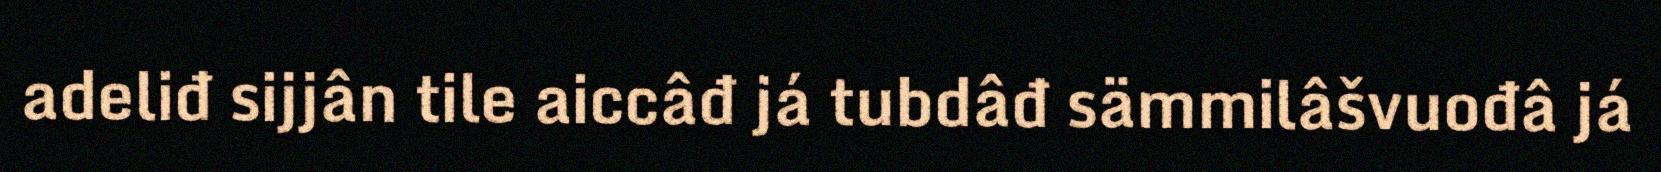
adeliđ sijjân tile aiccâđ já tubdâđ sämmilâšvuođâ já